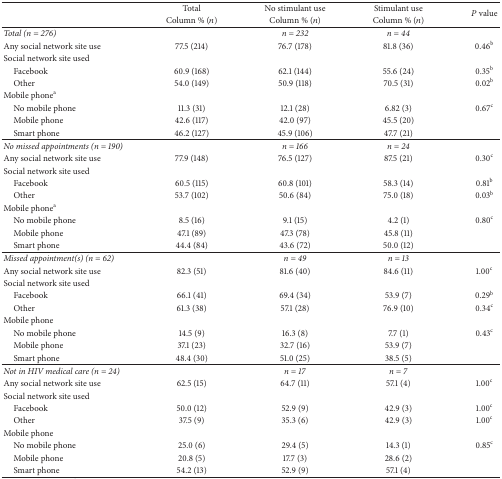
<table><thead><tr><td><b> </b></td><td><b>Total</b></td><td><b>No stimulant use</b></td><td><b>Stimulant use</b></td><td rowspan="2"><b><i>P</i> value</b></td></tr><tr><td><b> </b></td><td><b>Column % (<i>n</i>)</b></td><td><b>Column % (<i>n</i>)</b></td><td><b>Column % (<i>n</i>)</b></td></tr></thead><tbody><tr><td><i>Total (n = 276) </i></td><td> </td><td><i>n = 232 </i></td><td><i>n = 44 </i></td><td> </td></tr><tr><td>Any social network site use</td><td>77.5 (214)</td><td>76.7 (178)</td><td>81.8 (36)</td><td>0.46<sup>b</sup></td></tr><tr><td>Social network site used</td><td> </td><td> </td><td> </td><td> </td></tr><tr><td> Facebook</td><td>60.9 (168)</td><td>62.1 (144)</td><td>55.6 (24)</td><td>0.35<sup>b</sup></td></tr><tr><td> Other</td><td>54.0 (149)</td><td>50.9 (118)</td><td>70.5 (31)</td><td>0.02<sup>b</sup></td></tr><tr><td>Mobile phone<sup>a</sup></td><td> </td><td> </td><td> </td><td> </td></tr><tr><td> No mobile phone</td><td>11.3 (31)</td><td>12.1 (28)</td><td>6.82 (3)</td><td>0.67<sup>c</sup></td></tr><tr><td> Mobile phone </td><td>42.6 (117)</td><td>42.0 (97)</td><td>45.5 (20)</td><td> </td></tr><tr><td> Smart phone</td><td>46.2 (127)</td><td>45.9 (106)</td><td>47.7 (21)</td><td> </td></tr><tr><td><i>No missed appointments (n = 190) </i></td><td> </td><td><i>n = 166 </i></td><td><i>n = 24 </i></td><td> </td></tr><tr><td>Any social network site use</td><td>77.9 (148)</td><td>76.5 (127)</td><td>87.5 (21)</td><td>0.30<sup>c</sup></td></tr><tr><td>Social network site used</td><td> </td><td> </td><td> </td><td> </td></tr><tr><td> Facebook</td><td>60.5 (115)</td><td>60.8 (101)</td><td>58.3 (14)</td><td>0.81<sup>b</sup></td></tr><tr><td> Other</td><td>53.7 (102)</td><td>50.6 (84)</td><td>75.0 (18)</td><td>0.03<sup>b</sup></td></tr><tr><td>Mobile phone<sup>a</sup></td><td> </td><td> </td><td> </td><td> </td></tr><tr><td> No mobile phone</td><td>8.5 (16)</td><td>9.1 (15)</td><td>4.2 (1)</td><td>0.80<sup>c</sup></td></tr><tr><td> Mobile phone </td><td>47.1 (89)</td><td>47.3 (78)</td><td>45.8 (11)</td><td> </td></tr><tr><td> Smart phone</td><td>44.4 (84)</td><td>43.6 (72)</td><td>50.0 (12)</td><td> </td></tr><tr><td><i>Missed appointment(s) (n = 62) </i></td><td> </td><td><i>n = 49 </i></td><td><i>n = 13 </i></td><td> </td></tr><tr><td>Any social network site use</td><td>82.3 (51)</td><td>81.6 (40)</td><td>84.6 (11)</td><td>1.00<sup>c</sup></td></tr><tr><td>Social network site used</td><td> </td><td> </td><td> </td><td> </td></tr><tr><td> Facebook</td><td>66.1 (41)</td><td>69.4 (34)</td><td>53.9 (7)</td><td>0.29<sup>b</sup></td></tr><tr><td> Other</td><td>61.3 (38)</td><td>57.1 (28)</td><td>76.9 (10)</td><td>0.34<sup>c</sup></td></tr><tr><td>Mobile phone</td><td> </td><td> </td><td> </td><td> </td></tr><tr><td> No mobile phone</td><td>14.5 (9)</td><td>16.3 (8)</td><td>7.7 (1)</td><td>0.43<sup>c</sup></td></tr><tr><td> Mobile phone </td><td>37.1 (23)</td><td>32.7 (16)</td><td>53.9 (7)</td><td> </td></tr><tr><td> Smart phone</td><td>48.4 (30)</td><td>51.0 (25)</td><td>38.5 (5)</td><td> </td></tr><tr><td><i>Not in HIV medical care (n = 24) </i></td><td> </td><td><i>n = 17 </i></td><td><i>n = 7 </i></td><td> </td></tr><tr><td>Any social network site use</td><td>62.5 (15)</td><td>64.7 (11)</td><td>57.1 (4)</td><td>1.00<sup>c</sup></td></tr><tr><td>Social network site used</td><td> </td><td> </td><td> </td><td> </td></tr><tr><td> Facebook</td><td>50.0 (12)</td><td>52.9 (9)</td><td>42.9 (3)</td><td>1.00<sup>c</sup></td></tr><tr><td> Other</td><td>37.5 (9)</td><td>35.3 (6)</td><td>42.9 (3)</td><td>1.00<sup>c</sup></td></tr><tr><td>Mobile phone</td><td> </td><td> </td><td> </td><td> </td></tr><tr><td> No mobile phone</td><td>25.0 (6)</td><td>29.4 (5)</td><td>14.3 (1)</td><td>0.85<sup>c</sup></td></tr><tr><td> Mobile phone </td><td>20.8 (5)</td><td>17.7 (3)</td><td>28.6 (2)</td><td> </td></tr><tr><td> Smart phone</td><td>54.2 (13)</td><td>52.9 (9)</td><td>57.1 (4)</td><td> </td></tr></tbody></table>